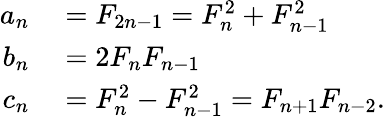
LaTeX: \begin{array}{rl}{a_{n}}&{{}=F_{2n-1}=F_{n}^{2}+F_{n-1}^{2}}\\ {b_{n}}&{{}=2F_{n}F_{n-1}}\\ {c_{n}}&{{}=F_{n}^{2}-F_{n-1}^{2}=F_{n+1}F_{n-2}.}\end{array}